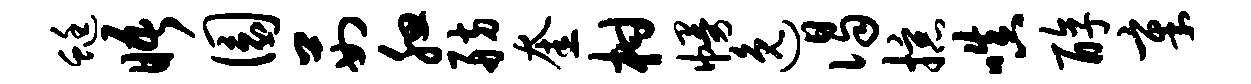
蜓晤圜茹腮舫奎柑幔逸谒掠嗔醇章